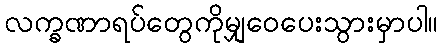
လက္ခဏာရပ်တွေကိုမျှဝေပေးသွားမှာပါ။